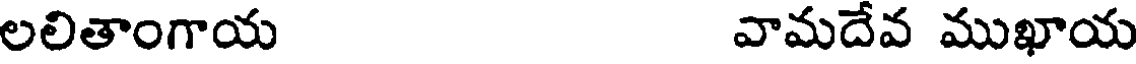
లలితాంగాయ వామదేవ ముఖాయ